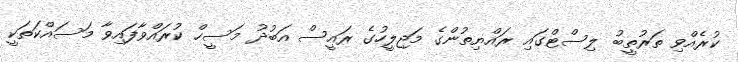
ކުރެއްވި ތަރުތީބު ލިސްޓްގައި ރައްޔިތުންގެ މަޖިލީހުގެ ރައީސް އަބުދު މަސީހް ކުރައްވާފައިވާ މަސައްކަތަކީ